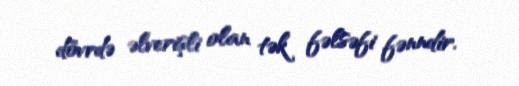
dövrdə əlverişli olan tək fəlsəfi fənndir.